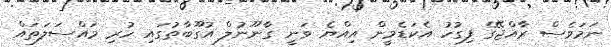
ނަމަވެސް ރާއްޖޭގެ ފިގުހު އެކަޑެމީން އިއްޔެ ވަނީ ގާނޫނުލް އުގޫބާތުގައި ހުރި މައްސަލަތައް